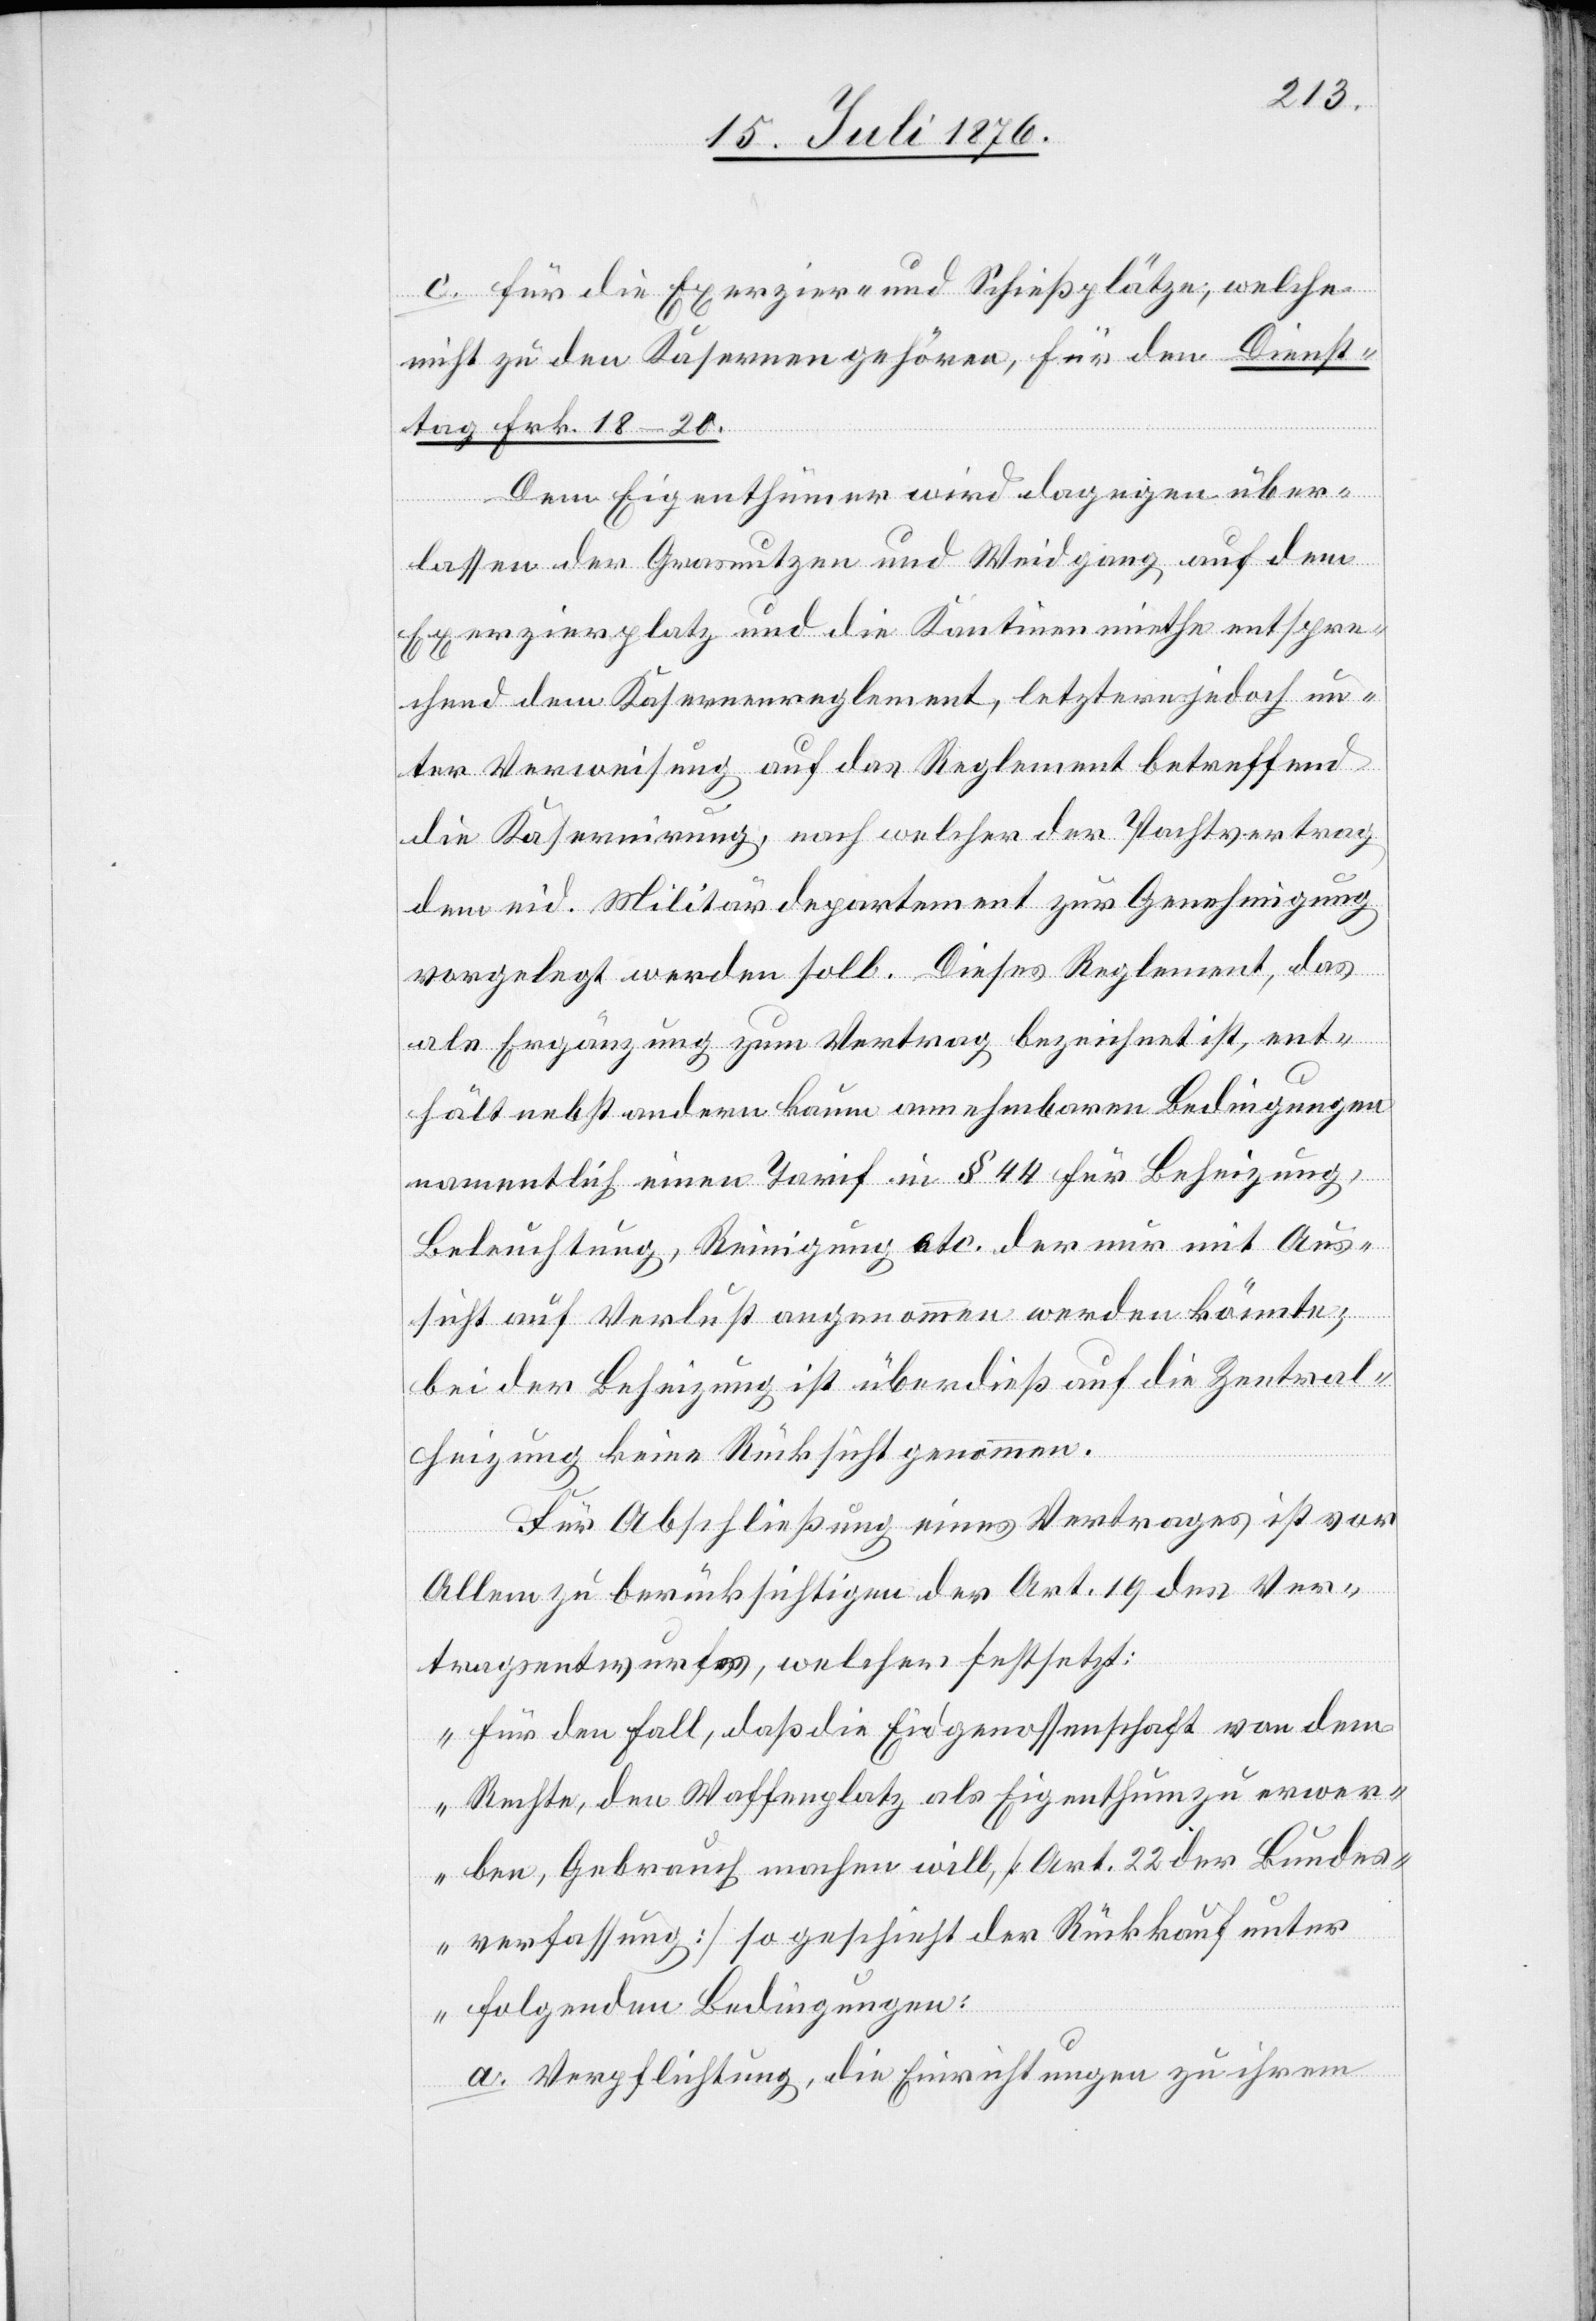
c. für die Exerzier- und Schießplätze, welche
nicht zu den Kasernen gehören, für den Dienst¬
tag Frk. 18–20.
Dem Eigenthümer wird dagegen über¬
lassen der Grasnutzen und Weidgang auf dem
Exerzierplatz und die Kantinenmiethe entspre¬
chend dem Kasernenreglement, letztere jedoch un¬
ter Verweisung auf das Reglement betreffend
die Kasernirung, nach welcher der Pachtvertrag
dem eid. Militärdepartement zur Genehmigung
vorgelegt werden soll. Dieses Reglement, das
als Ergänzung zum Vertrag bezeichnet ist, ent¬
hält nebst andern kaum annehmbaren Bedingungen
namentlich einen Tarif in § 44 für Beheizung,
Beleuchtung, Reinigung etc. der nur mit Aus¬
sicht auf Verlust angenommen werden könnte;
bei der Beheizung ist überdieß auf die Zentral¬
heizung keine Rücksicht genommen.
Für Abschließung eines Vertrages ist vor
Allem zu berücksichtigen der Art. 19 des Ver¬
tragsentwurfes, welcher festsetzt:
„Für den Fall, daß die Eidgenossenschaft von dem
Rechte, den Waffenplatz als Eigenthum zu erwer¬
ben, Gebrauch machen will [Art. 22 der Bundes¬
verfassung] so geschieht der Rückkauf unter
folgenden Bedingungen:
a. Verpflichtung, die Einrichtungen zu ihrem